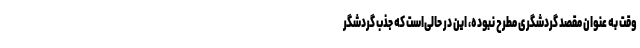
وقت به عنوان مقصد گردشگری مطرح نبوده، این در حالی‌است که جذب گردشگر